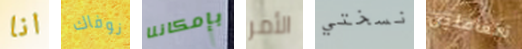
انا نوفاك بإمكاننا الأمر نسختي تتعاملين